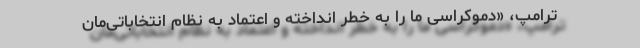
ترامپ، «دموکراسی ما را به خطر انداخته و اعتماد به نظام انتخاباتی‌مان